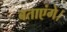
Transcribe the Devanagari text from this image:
बताएंगे।